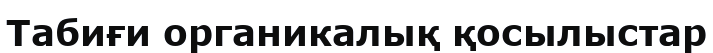
Табиғи органикалық қосылыстар